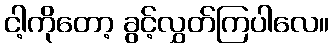
ငါ့ကိုတော့ ခွင့်လွှတ်ကြပါလေ။